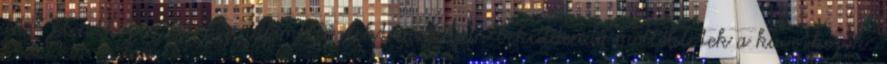
NEV Jelentkezes 2017osz.pdf mellé elektronikusan beküldendő mellékletek a következők: